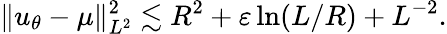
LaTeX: \| u_{\theta}-\mu\| _{L^{2}}^{2}\lesssim R^{2}+\varepsilon\ln(L/R)+L^{-2}.